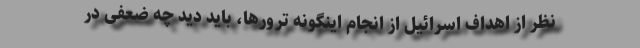
نظر از اهداف اسرائیل از انجام اینگونه ترورها، باید دید چه ضعفی در